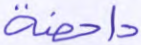
داحضة